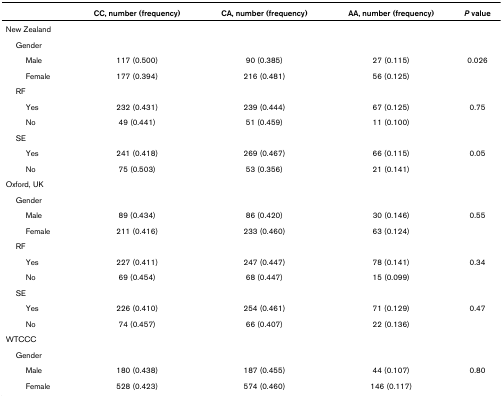
<table><thead><tr><td></td><td><b>CC, number (frequency)</b></td><td><b>CA, number (frequency)</b></td><td><b>AA, number (frequency)</b></td><td><b><i>P </i>value</b></td></tr></thead><tbody><tr><td>New Zealand</td><td></td><td></td><td></td><td></td></tr><tr><td> Gender</td><td></td><td></td><td></td><td></td></tr><tr><td>Male</td><td>117 (0.500)</td><td>90 (0.385)</td><td>27 (0.115)</td><td>0.026</td></tr><tr><td>Female</td><td>177 (0.394)</td><td>216 (0.481)</td><td>56 (0.125)</td><td></td></tr><tr><td> RF</td><td></td><td></td><td></td><td></td></tr><tr><td>Yes</td><td>232 (0.431)</td><td>239 (0.444)</td><td>67 (0.125)</td><td>0.75</td></tr><tr><td>No</td><td>49 (0.441)</td><td>51 (0.459)</td><td>11 (0.100)</td><td></td></tr><tr><td> SE</td><td></td><td></td><td></td><td></td></tr><tr><td>Yes</td><td>241 (0.418)</td><td>269 (0.467)</td><td>66 (0.115)</td><td>0.05</td></tr><tr><td>No</td><td>75 (0.503)</td><td>53 (0.356)</td><td>21 (0.141)</td><td></td></tr><tr><td>Oxford, UK</td><td></td><td></td><td></td><td></td></tr><tr><td> Gender</td><td></td><td></td><td></td><td></td></tr><tr><td>Male</td><td>89 (0.434)</td><td>86 (0.420)</td><td>30 (0.146)</td><td>0.55</td></tr><tr><td>Female</td><td>211 (0.416)</td><td>233 (0.460)</td><td>63 (0.124)</td><td></td></tr><tr><td> RF</td><td></td><td></td><td></td><td></td></tr><tr><td>Yes</td><td>227 (0.411)</td><td>247 (0.447)</td><td>78 (0.141)</td><td>0.34</td></tr><tr><td>No</td><td>69 (0.454)</td><td>68 (0.447)</td><td>15 (0.099)</td><td></td></tr><tr><td> SE</td><td></td><td></td><td></td><td></td></tr><tr><td>Yes</td><td>226 (0.410)</td><td>254 (0.461)</td><td>71 (0.129)</td><td>0.47</td></tr><tr><td>No</td><td>74 (0.457)</td><td>66 (0.407)</td><td>22 (0.136)</td><td></td></tr><tr><td>WTCCC</td><td></td><td></td><td></td><td></td></tr><tr><td> Gender</td><td></td><td></td><td></td><td></td></tr><tr><td>Male</td><td>180 (0.438)</td><td>187 (0.455)</td><td>44 (0.107)</td><td>0.80</td></tr><tr><td>Female</td><td>528 (0.423)</td><td>574 (0.460)</td><td>146 (0.117)</td><td></td></tr></tbody></table>